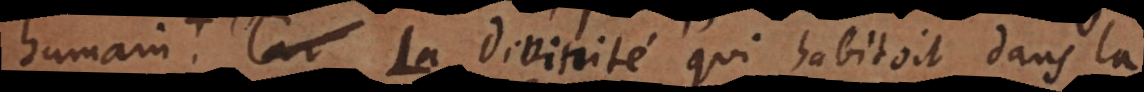
hés. Car Divinité qui habitoit dans la